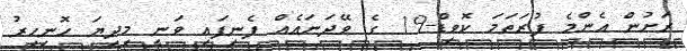
ރަށުން އެންމެ ފުރަތަމަ ކޮވިޑް-19 ގެ ވޭދަނައެއް ފެނިފައި ވަނީ މިދިޔަ ހޮނިހިރު